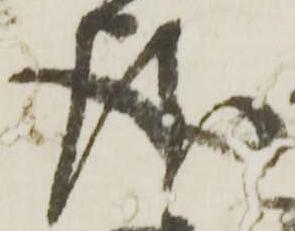
請